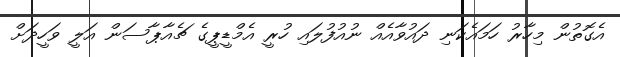
އެގޮތުން މިހާރު ހަމައެކަނި ދައުވާއެއް ނުއުފުލައި ހުރީ އެމްޑީޕީގެ ޗެއާޕާސަން އަލީ ވަހީދަށް